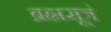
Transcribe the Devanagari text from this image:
ब्रह्मसूत्रं